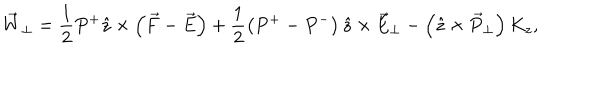
LaTeX: \vec { W } _ { \perp } = \frac { 1 } { 2 } P ^ { + } \hat { z } \times \left( \vec { F } - \vec { E } \right) + \frac { 1 } { 2 } \left( P ^ { + } - P ^ { - } \right) \hat { z } \times \vec { E } _ { \perp } - \left( \hat { z } \times \vec { P } _ { \perp } \right) K _ { z } ,